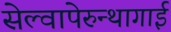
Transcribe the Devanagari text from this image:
सेल्वापेरुन्थागाई